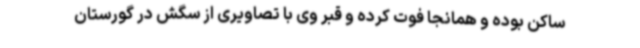
ساکن بوده و همانجا فوت کرده و قبر وی با تصاویری از سگش در گورستان